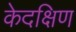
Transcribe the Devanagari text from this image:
केदक्षिण